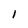
Character: l